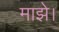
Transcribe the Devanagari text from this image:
माझे।